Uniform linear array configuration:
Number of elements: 48
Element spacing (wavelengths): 0.75
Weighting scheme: kaiser
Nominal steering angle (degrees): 60
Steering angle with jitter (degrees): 58.27
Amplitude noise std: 0.05
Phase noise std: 0.05

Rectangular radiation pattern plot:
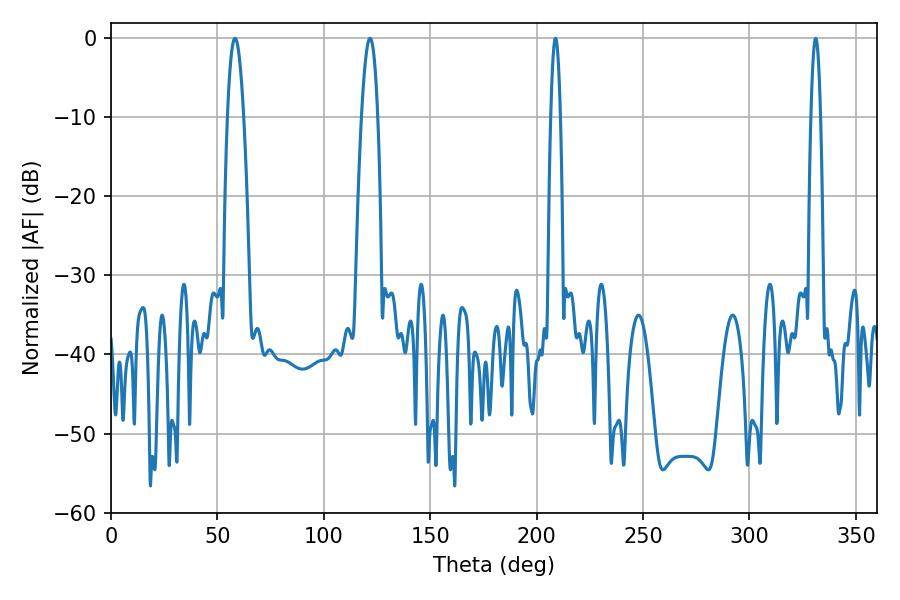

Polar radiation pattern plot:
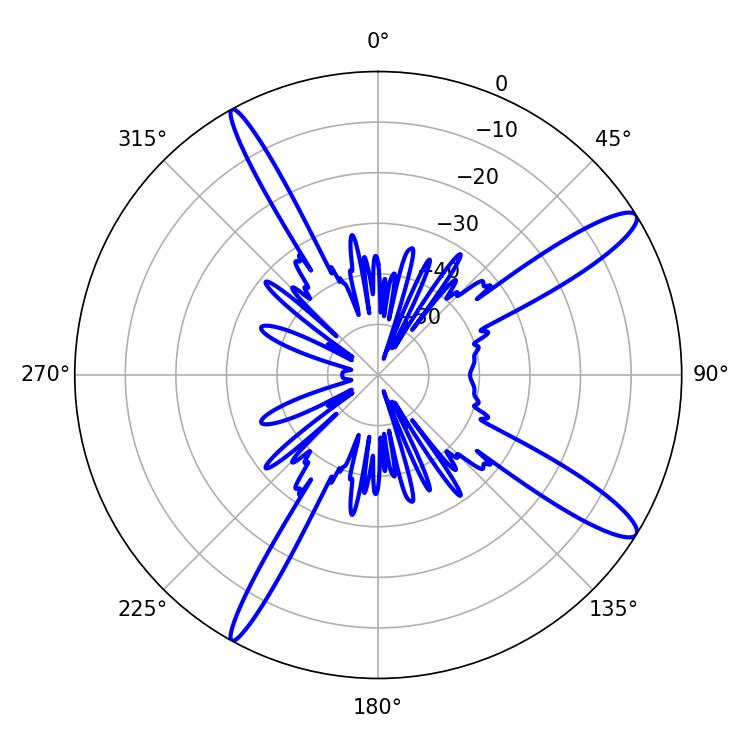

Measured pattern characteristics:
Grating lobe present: TRUE
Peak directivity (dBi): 13.488
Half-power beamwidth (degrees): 4.14
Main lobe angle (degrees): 121.68